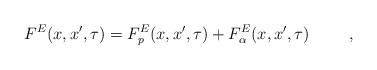
LaTeX: \begin{align*}F^E (x, x^{\prime}, \tau) = F_p^E(x, x^{\prime}, \tau)+ F_{\alpha}^E (x,x^{\prime}, \tau) \hspace{1cm},\end{align*}